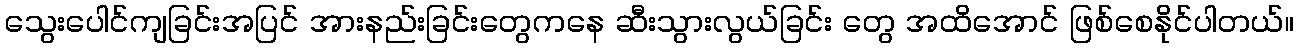
သွေးပေါင်ကျခြင်းအပြင် အားနည်းခြင်းတွေကနေ ဆီးသွားလွယ်ခြင်း တွေ အထိအောင် ဖြစ်စေနိုင်ပါတယ်။